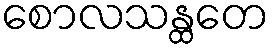
စောလသန္ထတေ